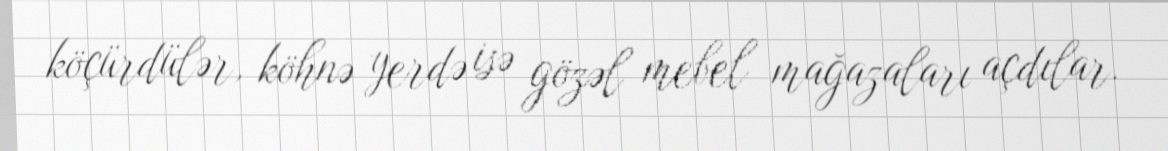
köçürdülər, köhnə yerdə isə gözəl mebel mağazaları açdılar.